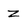
Character: Z